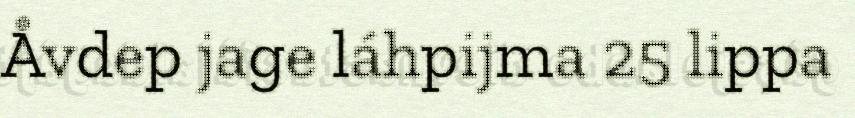
Åvdep jage láhpijma 25 lippa